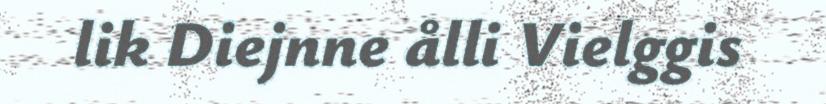
lik Diejnne ålli Vielggis